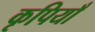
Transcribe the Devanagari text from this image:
कृपियाँ